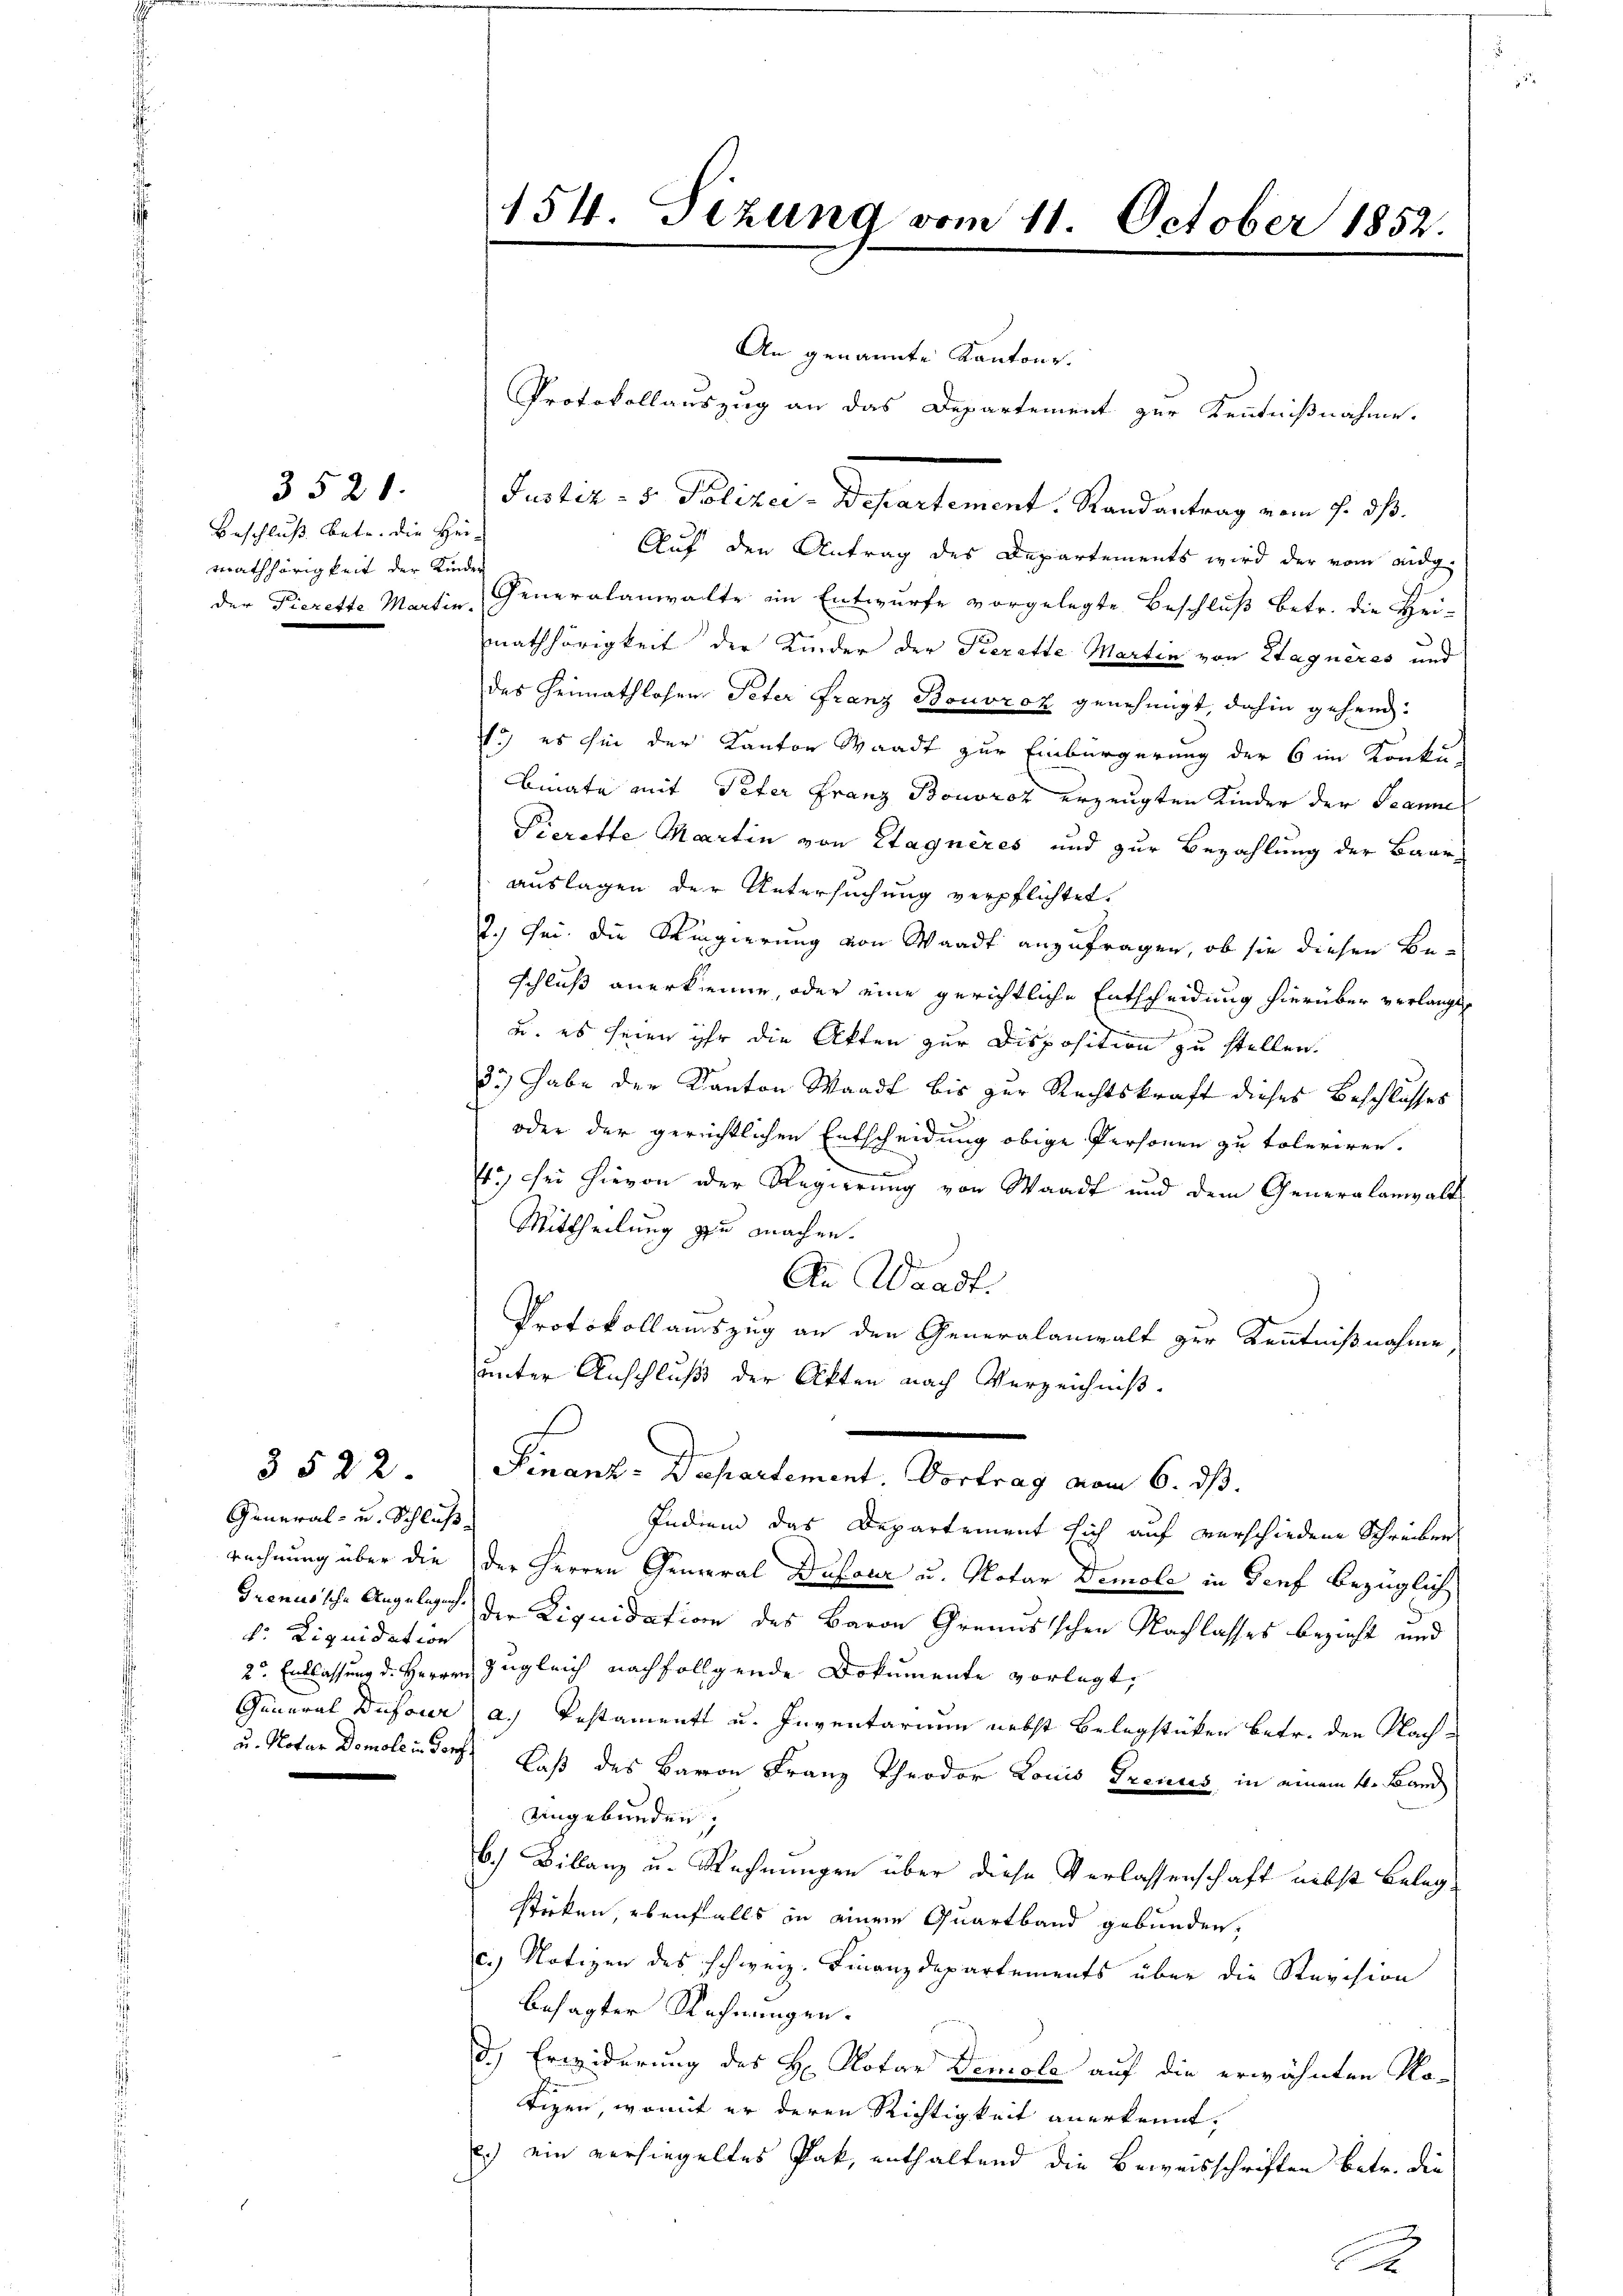
3521.

Beschluß betr. die Hei-
Mathhörigkeit der Kinder

3522.

General- und Schluß
d. Liquidation

154. Sizung vom 11. October 1852.

An genannte Kantons¬
Protokollauszug an das Departement zur Kenntnißnahme.
Justiz- u. Polizei-Departement. Randantrag vom 7. ds.
Auf den Antrag des Departements wird der vom Budg
der Pierette Martin Generalanwalte im Entwurfe vorgelegte Beschluß betr. die Hei-
mathörigkeit der Kinder der Kiezette Martin von Stagneres und
des Heimathlosen Peter Franz Bouvroz genehmigt, dahin gehend:
o) es hin der Kanton Waadt zur Einbürgerung der 6 im Konku-
binate mit Peter Franz Bouoroz erzeugten Kinder der Peanne
Pierette Martin von Stagneres und zur Bezahlung der Baarauslagen der Untersuchung verpflichtet.
2.) Sei die Ringierung von Waadt anzufragen, ob sie diesen Be-
schluß anerkenne, oder eine gerichtliche Entscheidung hierüber verlangte
u. es seien ihr die Akten zur Disposition zu stellen.
3) habe der Kanton Waadt bis zur Rechtskraft dieses Beschlusses
oder der gerichtlichen Entscheidung obige Personen zu toleriren.
4., sei hievon der Regierung von Waadt und dem Generalanwalt
Mittheilung zu machen.
An Waadt.
Protokoll auszug an den Generalanwalt zur Kenntnißnahme
unter Anschluß der Akten nach Verzeichniß.
s
Finanz-Departement. Vortrag vom 6. ds.
Indiem das Departement sich auf verschiedene Schreiben
Rechnung über die der Herren General Dufour u. Notar Demole in Genf bezüglich
Grenussche Angeleich der Liquidation des Baron Granusischen Nachlasses bezieht und
2r Entlassung d. Herren Zugleich nachfolgende Dokumente vorlegt,
General Dufour a. Testament u. Inventarium nebst Belegstücken betr. den Nach¬
u. Notar Demolen dort Laß des Baron Franz Theodor Louis Trennes, in einem 4. Band
Ungebunden,
6.) Bilanz u. Rechnungen über diese Verlassenschaft nebst Belegsticken, ebenfalls in einem Quartband gebunden,
c.) Notizen des schweiz. Finanzdepartements über die Revision
besagter Rechnungen.
d.) Erwiderung des H. Notar Demole auf die erwähnten Notizen, womit er deren Richtigkeit anerkennt,
) ein versiegeltes Pak, enthaltend die Beweisschriften betr. die

.